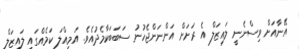
އޭނާއަށް ވިސްނެނީ ލައިޒަލް އެ ރަށަށް އަންނަންޖެހުނު ސަބަބަކާމެދުއެވެ. އަމިއްލަ ކަމެއްގައި ލައިޒަލް